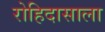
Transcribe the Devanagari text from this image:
रोहिदासाला